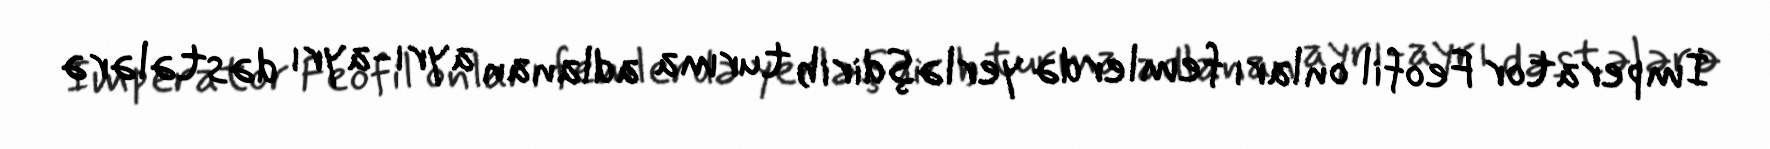
İmperator Feofil onları femlerdə yerləşdirib turma adlanan ayrı-ayrı dəstələrə